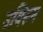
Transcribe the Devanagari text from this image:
उयिरुम